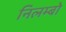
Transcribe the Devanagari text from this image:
निलम्‍बो